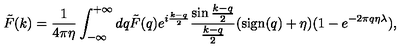
\tilde { F } ( k ) = { \frac { 1 } { 4 \pi \eta } } \int _ { - \infty } ^ { + \infty } d q \tilde { F } ( q ) e ^ { i { \frac { k - q } { 2 } } } { \frac { \sin { \frac { k - q } { 2 } } } { \frac { k - q } { 2 } } } ( \mathrm { s i g n } ( q ) + \eta ) ( 1 - e ^ { - 2 \pi q \eta \lambda } ) ,